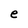
Character: e